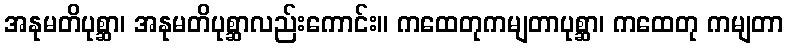
အနုမတိပုစ္ဆာ၊ အနုမတိပုစ္ဆာလည်းကောင်း။ ကထေတုကမျတာပုစ္ဆာ၊ ကထေတု ကမျတာ